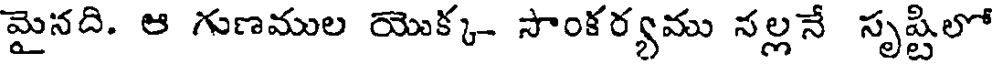
మైనది. ఆ గుణముల యొక్క- సాంకర్యము నల్లనే సృష్టిలో